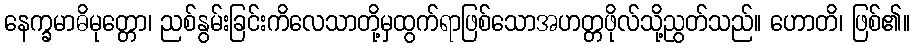
နေက္ခမာဓိမုတ္တော၊ ညစ်နွမ်းခြင်းကိလေသာတို့မှထွက်ရာဖြစ်သောအဟတ္တဖိုလ်သို့ညွတ်သည်။ ဟောတိ၊ ဖြစ်၏။